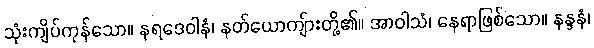
သုံးကျိပ်ကုန်သော။ နရဒေဝါနံ၊ နတ်ယောကျ်ားတို့၏။ အာဝါသံ၊ နေရာဖြစ်သော။ နန္ဒနံ၊